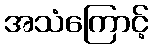
အသံကြောင့်